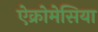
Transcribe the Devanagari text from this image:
ऐक्रोमेसिया